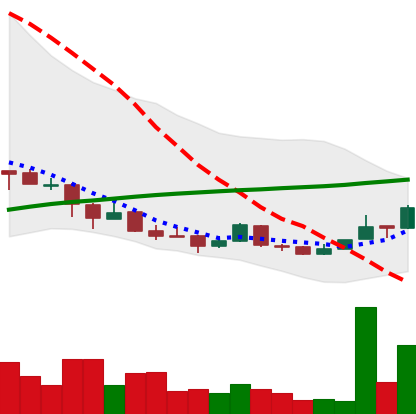
Ticker: NEO-USD
Chart end date: 2018-04-11
Forward return: 13.934%
Label: up_7plus